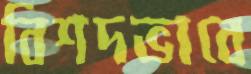
বিশদভাবে